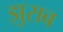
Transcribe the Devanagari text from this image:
झुराब